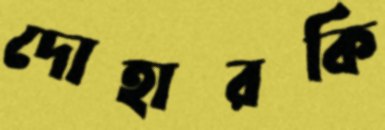
দোহারকি